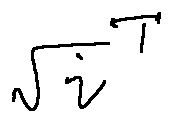
\sqrt { i } ^ { T }